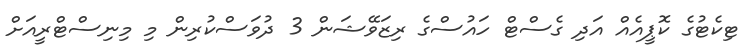
ޓިކެޓުގެ ކޮޕީއެއް އަދި ގެސްޓް ހައުސްގެ ރިޒަވޭޝަން 3 ދުވަސްކުރިން މި މިނިސްޓްރީއަށް